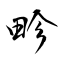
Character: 畛